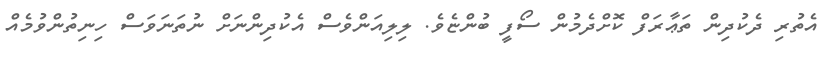
އެތުރި ދެކުދިން ތަޢާރަފް ކޮށްދެމުން ސޯފީ ބުންޏެވެ. ލިލިއަންވެސް އެކުދިންނަށް ނުތަނަވަސް ހިނިތުންވުމެެއް